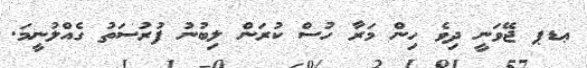
ޢޑޕ ޖޭވަނީ ދިވެ ހިން މަރާ ހުސް ކުރަން ލިބުނު ފުރުސަތު ގެއްލުނީމަ.